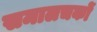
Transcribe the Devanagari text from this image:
समालचकों